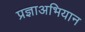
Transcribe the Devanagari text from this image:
प्रज्ञाअभियान